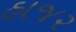
હાજ૨